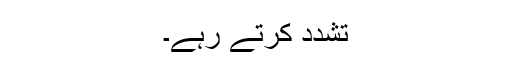
تشدد کرتے رہے۔